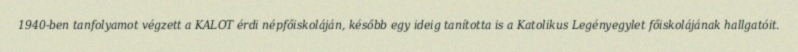
1940-ben tanfolyamot végzett a KALOT érdi népfőiskoláján, később egy ideig tanította is a Katolikus Legényegylet főiskolájának hallgatóit.